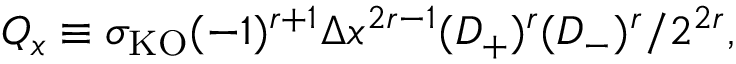
Q _ { x } \equiv \sigma _ { \mathrm { K O } } ( - 1 ) ^ { r + 1 } \Delta x ^ { 2 r - 1 } ( D _ { + } ) ^ { r } ( D _ { - } ) ^ { r } / 2 ^ { 2 r } ,